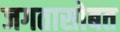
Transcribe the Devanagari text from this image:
जगतासोबत